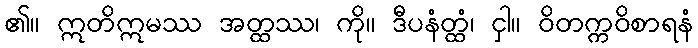
၏။ ဣတိဣမဿ အတ္ထဿ၊ ကို။ ဒီပနံတ္ထံ၊ ငှါ။ ဝိတက္ကဝိစာရနံ